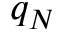
q _ { N }